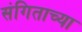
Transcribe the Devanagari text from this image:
संगिताच्या